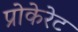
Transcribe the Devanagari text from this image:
प्रोकेरेट